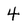
Character: 4